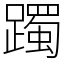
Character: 躅